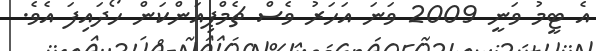
އެ ޓީމު ވަނީ 2009 ވަނަ އަހަރު ވެސް ޗެމްޕިއަންކަން ހޯދައިފަ އެވެ.